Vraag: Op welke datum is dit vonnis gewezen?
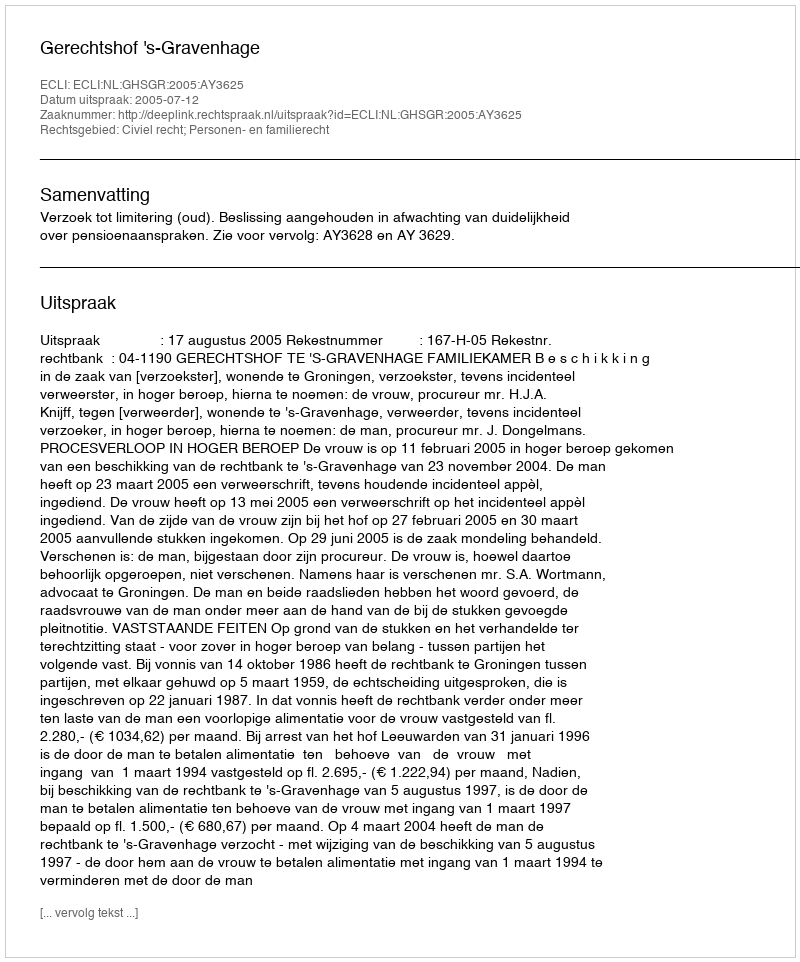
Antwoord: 2005-07-12